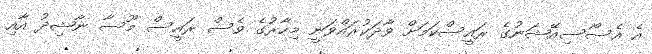
އެ އެސޯސިއޭޝަނުގެ ރައީސްކަމަށް ވާދަކުރައްވަނީ މިހާރުގެ ވެސް ރައީސް މޫސާ ނާޝިދު އާއި